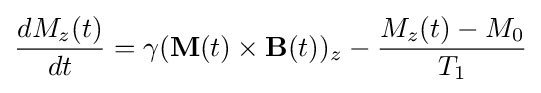
{\frac {dM_{z}(t)}{dt}}=\gamma (\mathbf {M} (t)\times \mathbf {B} (t))_{z}-{\frac {M_{z}(t)-M_{0}}{T_{1}}}